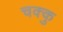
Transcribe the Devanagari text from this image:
चक्कु